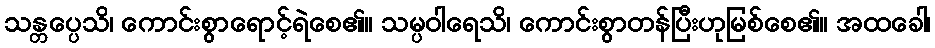
သန္တပ္ပေသိ၊ ကောင်းစွာရောင့်ရဲစေ၏။ သမ္ပဝါရေသိ၊ ကောင်းစွာတန်ပြီးဟုမြစ်စေ၏။ အထခေါ၊